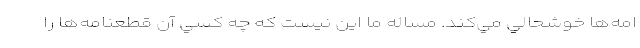
امه‌ها خوشحالي مي‌كند. مساله ما اين نيست كه چه كسي آن قطعنامه‌ها را